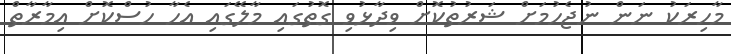
މާހިރަކު ނަން ނުޖެހުމަށް ޝަރުތުކޮށް ވިދާޅުވި ގޮތުގައި މާލޭގައި އެހާ ހުސްކޮށް އިމާރާތް